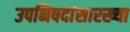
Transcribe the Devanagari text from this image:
उपनिषदांसारख्या